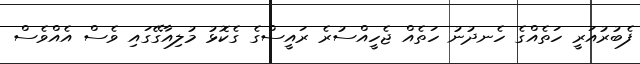
ފެބުރުއަރީ ހަތެއްގެ ހެނދުނު ހަތެއް ޖެހީއްސުރެ ރައީސްގެ ގެކޮޅު މުލިއާގޭގައި ވެސް އެއްވެސް